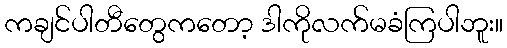
ကချင်ပါတီတွေကတော့ ဒါကိုလက်မခံကြပါဘူး။